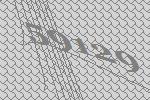
59129